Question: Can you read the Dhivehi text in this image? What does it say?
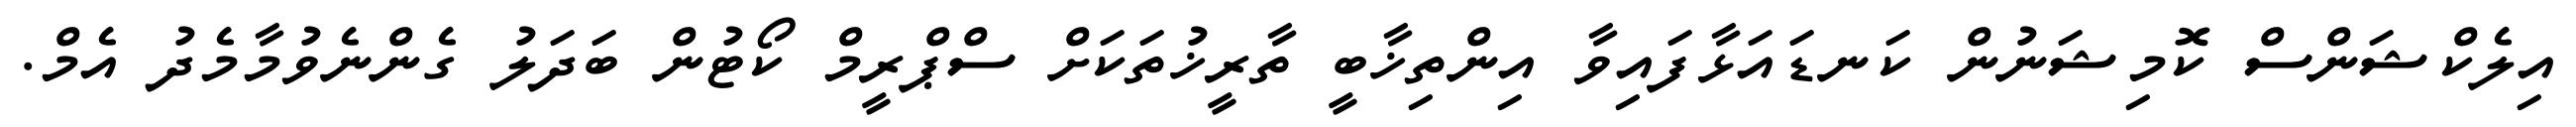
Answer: އިލެކްޝަންސް ކޮމިޝަނުން ކަނޑައަޅާފައިވާ އިންތިޚާބީ ތާރީޚުތަކަށް ސްޕްރީމް ކޯޓުން ބަދަލު ގެންނެވުމާމެދު އެމް.